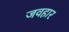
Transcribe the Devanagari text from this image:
जवहार